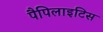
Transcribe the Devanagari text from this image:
पैपिलाइटिस